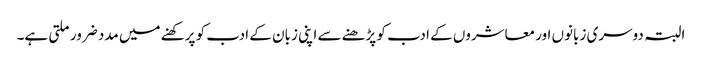
البتہ دوسری زبانوں اور معاشروں کے ادب کو پڑھنے سے اپنی زبان کے ادب کو پرکھنے میں مدد ضرور ملتی ہے۔